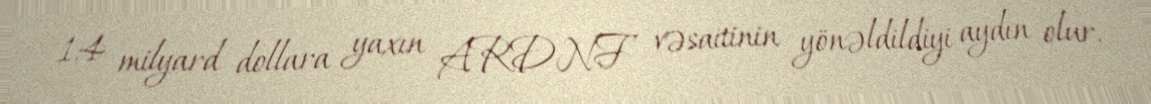
1,4 milyard dollara yaxın ARDNF vəsaitinin yönəldildiyi aydın olur.